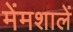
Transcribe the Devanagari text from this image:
मेंमशालें